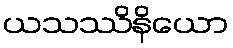
ယသဿိနိယော